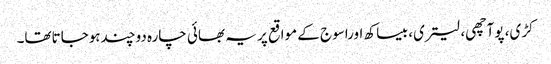
کڑی، پوآچھی، لیتری، بیساکھ اوراسوج کے مواقع پر یہ بھائی چارہ دوچندہوجاتاتھا۔